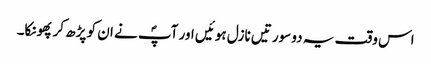
اس وقت یہ دو سورتیں نازل ہوئیں اور آپؐ نے ان کو پڑھ کر پھونکا۔